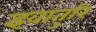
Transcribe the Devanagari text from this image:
इवातुरि